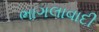
ભાગલાવાદી